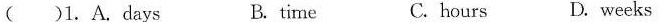
( )1. A.Days B. time C. hours D.weeks